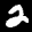
Label: 2